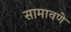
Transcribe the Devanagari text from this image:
सामावणे